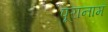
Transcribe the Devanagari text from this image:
पूरानाम